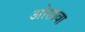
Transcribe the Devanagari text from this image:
ओसावा